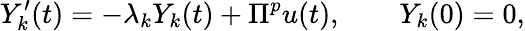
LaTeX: Y_{k}^{\prime}(t)=-\lambda_{k}Y_{k}(t)+\Pi^{p}u(t),\qquad Y_{k}(0)=0,